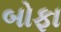
બોફા